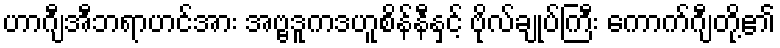
ဟာဂျီအီဘရာဟင်အား အဗ္ဗဒူကဒဟူစိန်နီနှင့် ဗိုလ်ချုပ်ကြီး ကောက်ဂျီတို့၏